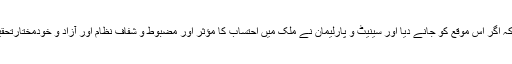
انہوں نے کہا کہ ایم کیو ایم (پاکستان) پاناما لیکس کے انکشاف سے کہہ رہی ہے کہ اگر اس موقع کو جانے دیا اور سینیٹ و پارلیمان نے ملک میں احتساب کا مؤثر اور مضبوط و شفاف نظام اور آزاد و خودمختارتحقیقاتی ادارہ قائم نہیں کیا تو سانپ نکل جائے گا اور ہم صرف لکیر پیٹتے رہیں گے۔